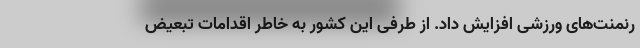
رنمنت‌های ورزشی افزایش داد. از طرفی این کشور به خاطر اقدامات تبعیض